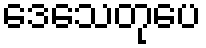
ဒေသေတုပေ